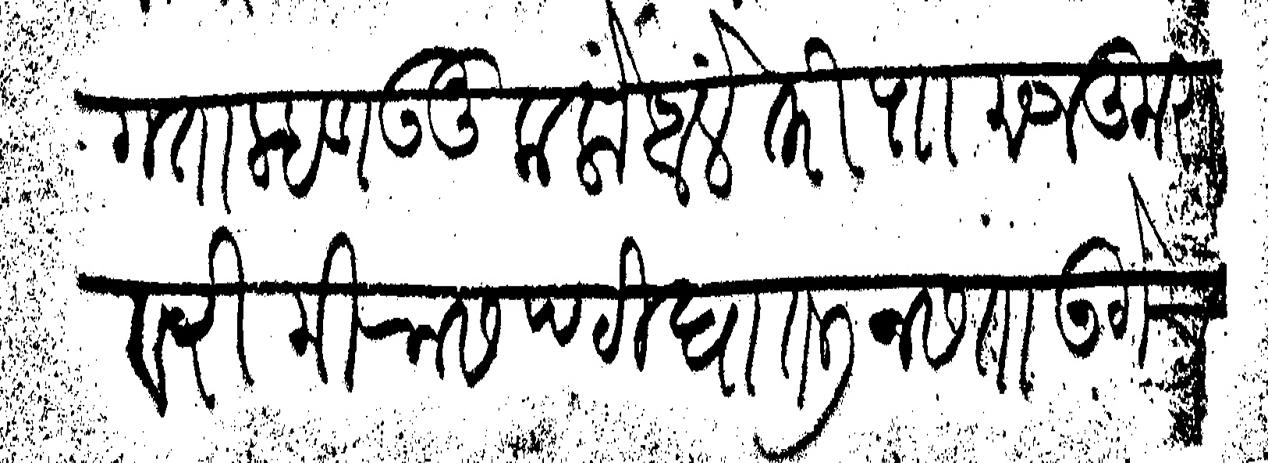
Transliteration (Devanagari): मागता म्हणउनु कलों आलें तरी पा मजकुरावरी मिरासपटी घातली नसता उगेच